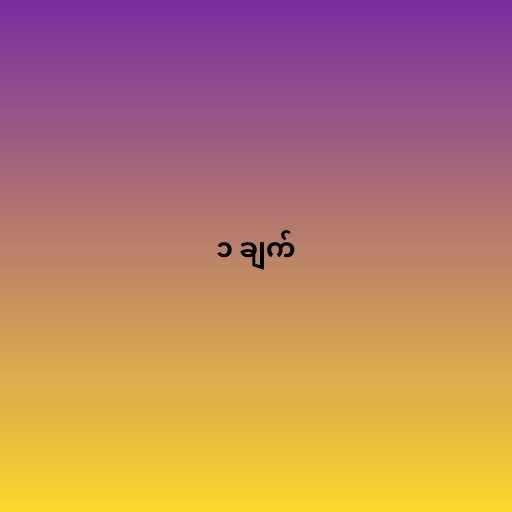
၁ ချက်